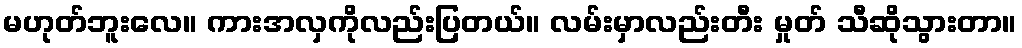
မဟုတ်ဘူးလေ။ ကားအလှကိုလည်းပြတယ်။ လမ်းမှာလည်းတီး မှုတ် သီဆိုသွားတာ။